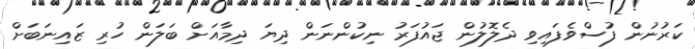
ކަރުނުން ފުސްވެފައިވި ދެލޮލުން ޖައުފަރު ނިކުންނަން ދިޔަ ދިމާއަށް ބަލަން ހުރި ޒައިނަބަށް